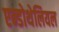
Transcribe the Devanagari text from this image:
एन्डोथेलियल